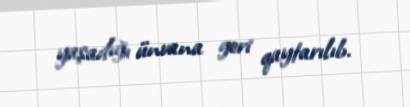
yaşadığı ünvana geri qaytarılıb.